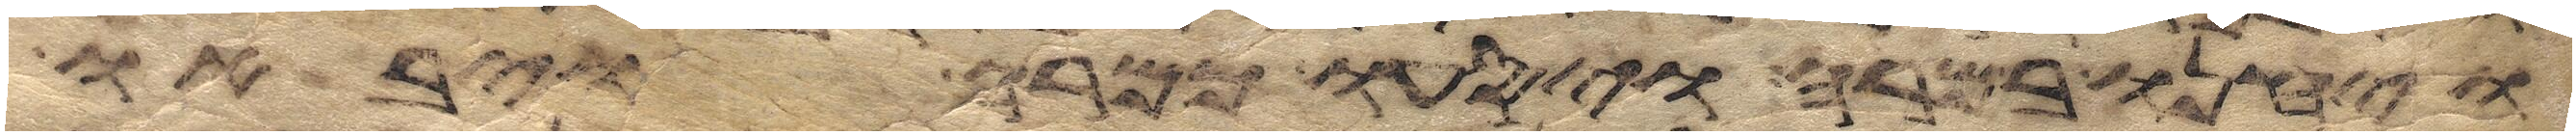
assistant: ויחנו במרה ויסעו ממרה ויבאו